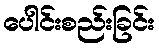
ပေါင်းစည်းခြင်း